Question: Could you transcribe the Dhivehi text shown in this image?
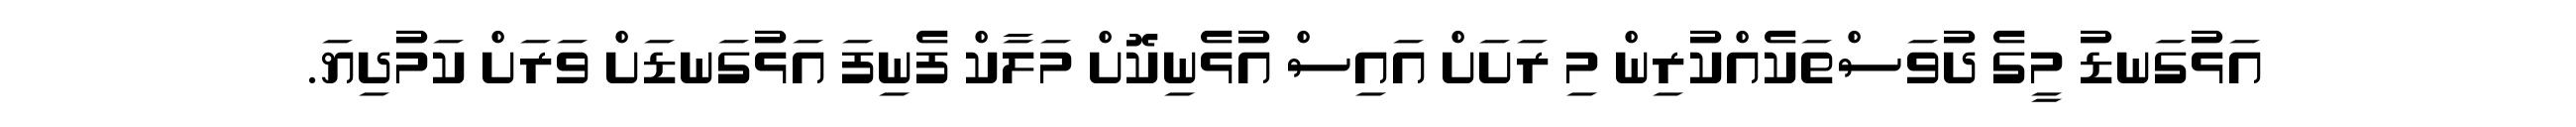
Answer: އަޅުގަނޑު މީގެ ދުވަސްތަކެއްކުރިން މި ރަށަށް އައިސް އުޅެނިކޮށް މަލާކް ފެނިފަ އަޅުގަނޑަށް ވަރަށް ކަމުދިޔަ.